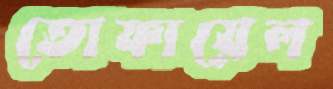
তোফায়েল